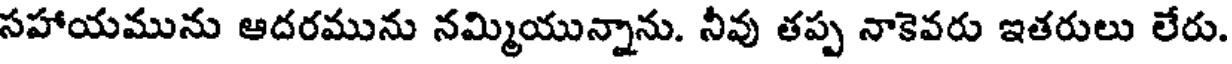
సహాయమును ఆదరమును నమ్మియున్నాను. నీవు తప్ప నాకెవరు ఇతరులు లేరు.